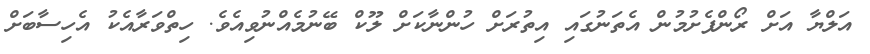
އަލްޔާ އަށް ރޯންފެށުމުން އެތަނުގައި އިތުރަށް ހުންނާކަށް ލޫކް ބޭނުމެއްނުވިއެވެ. ހިތްވަރާއެކު އެހިސާބަށް